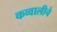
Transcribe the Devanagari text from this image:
कव्वालीचे